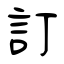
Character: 訂